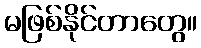
မဖြစ်နိုင်တာတွေ။